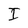
Character: I